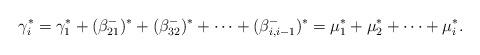
LaTeX: \begin{align*}\gamma_i^*=\gamma_1^*+(\beta^-_{21})^*+(\beta^-_{32})^*+\cdots+(\beta^-_{i,i-1})^*=\mu_1^*+\mu_2^*+\cdots+\mu_i^* .\end{align*}